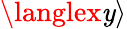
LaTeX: \langlex\mathit{y}\rangle